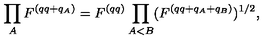
\prod _ { A } F ^ { ( q q + q _ { A } ) } = F ^ { ( q q ) } \prod _ { A < B } ( F ^ { ( q q + q _ { A } + q _ { B } ) } ) ^ { 1 / 2 } ,